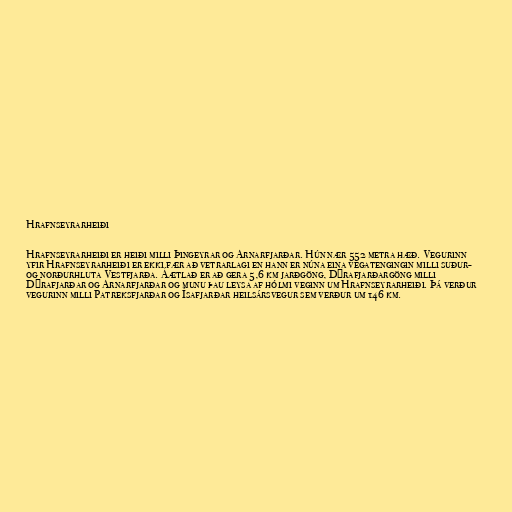
Hrafnseyrarheiði

Hrafnseyrarheiði er heiði milli Þingeyrar og Arnarfjarðar. Hún nær 552 metra hæð. Vegurinn
yfir Hrafnseyrarheiði er ekki fær að vetrarlagi en hann er núna eina vegatengingin milli suður-
og norðurhluta Vestfjarða. Áætlað er að gera 5,6 km jarðgöng, Dýrafjarðargöng milli
Dýrafjarðar og Arnarfjarðar og munu þau leysa af hólmi veginn um Hrafnseyrarheiði. Þá verður
vegurinn milli Patreksfjarðar og Ísafjarðar heilsársvegur sem verður um 146 km.